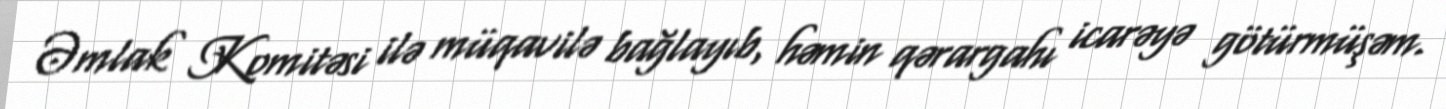
Əmlak Komitəsi ilə müqavilə bağlayıb, həmin qərargahı icarəyə götürmüşəm.